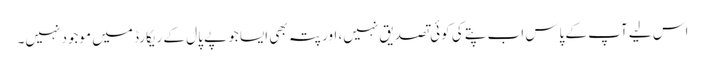
اس لیے آپ کے پاس اب پتے کی کوئی تصدیق نہیں، اور پتہ بھی ایسا جو پے پال کے ریکارڈ میں موجود نہیں۔